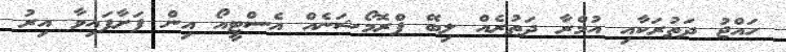
ހައްޖު ދަތުރަކާއި އުމްރާ ދަތުރެއް ލިބޭ ޕްރޮމޯޝަނެއް އެސްޓީއޯ އިން ފަށާފައިވާ އިރު